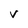
Character: V